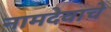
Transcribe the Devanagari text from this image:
नामदेवाचे